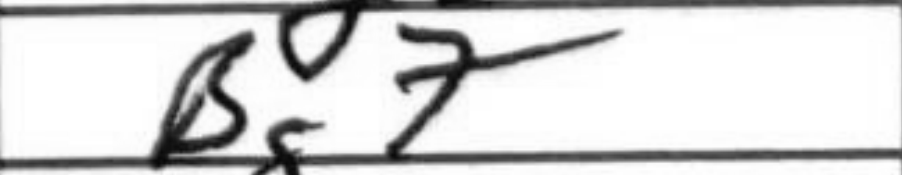
Transcription: Bg7